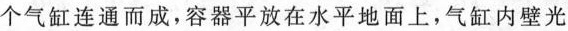
个气缸连通而成，容器平放在水平地面上，气缸内壁光